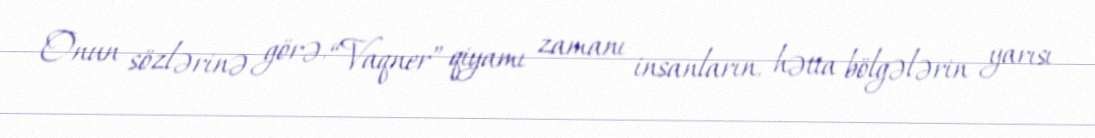
Onun sözlərinə görə, “Vaqner” qiyamı zamanı insanların, hətta bölgələrin yarısı